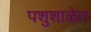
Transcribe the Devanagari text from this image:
पशुशाळेत